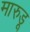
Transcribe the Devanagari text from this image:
मारुडू